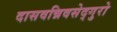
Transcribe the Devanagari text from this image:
दासवन्निवसेद्गुरो